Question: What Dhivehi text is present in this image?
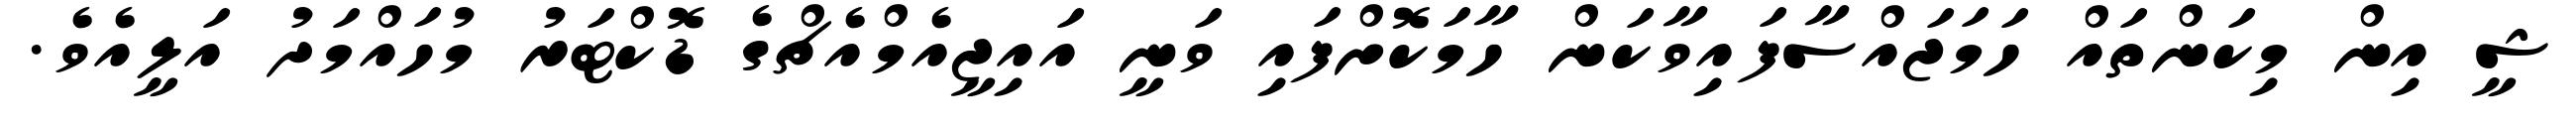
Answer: ޝީ އިން މިކަންތައް ހަމަޖައްސާފައިވާކަން ހާމަކޮށްފައި ވަނީ އައިޖީއެމްއެޗްގެ ޑޮކްޓަރު މުހައްމަދު އަލީއެވެ.